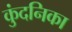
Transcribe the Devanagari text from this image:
कुंदनिका